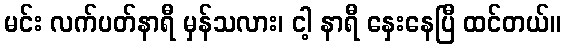
မင်း လက်ပတ်နာရီ မှန်သလား၊ ငါ့ နာရီ နှေးနေပြီ ထင်တယ်။